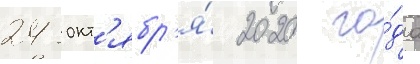
24 окт'ябр'я́ 2020 го́да